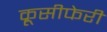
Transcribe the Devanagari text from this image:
क्रूसीफेरी